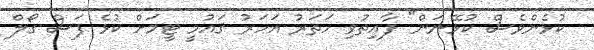
ކުޅެންވެސް ކުޅޭނަން" ފާއިތުވި ހަތަރު އަހަރު ޤައުމީ ޓީމަށް ކުޅެ ފަސް ގޯލް